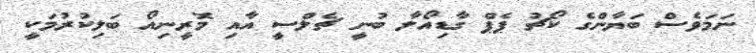
ނަމަވެސް ބަޔާންގެ ކޯޗު ޕެޕް ގާޑިއޯލާ ބުނީ ޗެލްސީ އާއި މޮރީނިއޯ ބަލިކުރުމަކީ